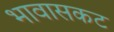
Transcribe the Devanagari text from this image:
भावासकट